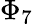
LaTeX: \Phi_{7}